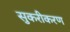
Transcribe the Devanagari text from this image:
सुकरीकरण